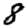
Digit: 8